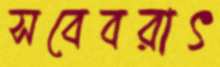
সবেবরাৎ